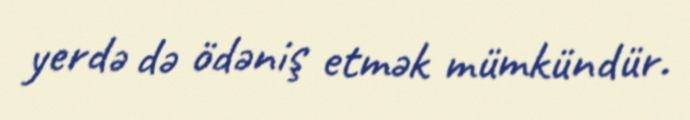
yerdə də ödəniş etmək mümkündür.